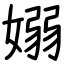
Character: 嫋